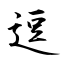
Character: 逗